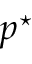
p ^ { \star }